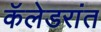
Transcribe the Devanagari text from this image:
कॅलेडरांत